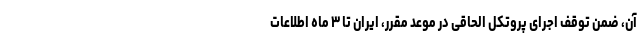
آن، ضمن توقف اجرای پروتکل الحاقی در موعد مقرر، ایران تا ۳ ماه اطلاعات